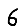
Digit: 6